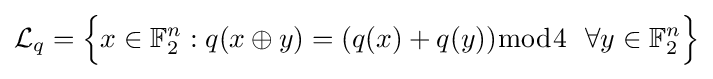
{\mathcal {L}}_{q}={\Big \{}x\in \mathbb {F} _{2}^{n}:q(x\oplus y)=(q(x)+q(y)){\bmod {4}}~~\forall y\in \mathbb {F} _{2}^{n}{\Big \}}